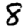
Digit: 8